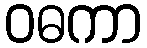
ဝဓကာ